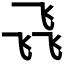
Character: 𮸽